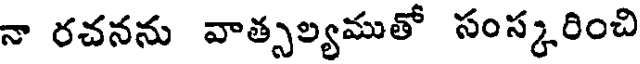
నా రచనను వాత్సల్యముతో సంస్కరించి